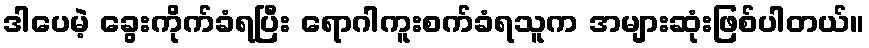
ဒါပေမဲ့ ခွေးကိုက်ခံရပြီး ရောဂါကူးစက်ခံရသူက အများဆုံးဖြစ်ပါတယ်။